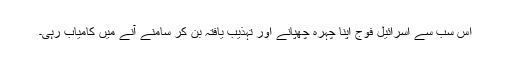
اس سب سے اسرائیل فوج اپنا چہرہ چھپانے اور تہذیب یافتہ بن کر سامنے آنے میں کامیاب رہی۔